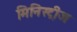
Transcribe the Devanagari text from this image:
मिनिस्ट्रीज